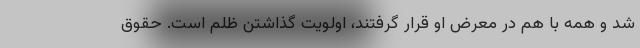
شد و همه با هم در معرض او قرار گرفتند، اولویت گذاشتن ظلم است. حقوق